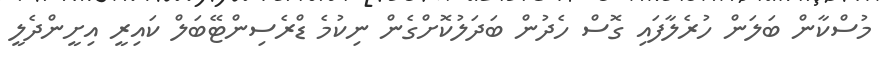
މުސްކާން ބަލަން ހުރެލާފައި ގޮސް ހެދުން ބަދަލުކޮށްގެން ނިކުމެ ޑްރެސިންޓޭބަލް ކައިރީ އިށީންދެލީ